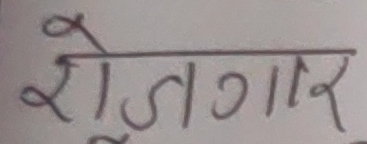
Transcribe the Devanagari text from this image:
रोजगार